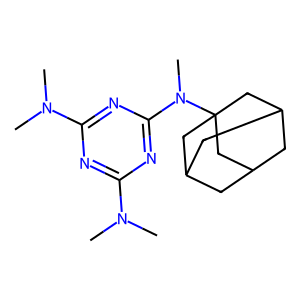
SMILES: CN(C)c1nc(N(C)C)nc(N(C)C23CC4CC(CC(C4)C2)C3)n1
Inhibits HIV replication: No